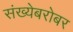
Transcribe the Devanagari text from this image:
संख्येबरोबर